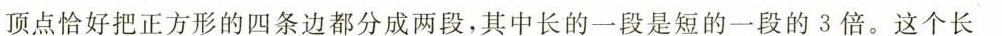
顶点恰好把正方形的四条边都分成两段，其中长的一段是短的一段的3倍。这个长